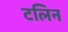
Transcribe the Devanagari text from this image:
टलिन